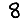
Digit: 8